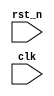
`timescale 1ns / 1ps
//////////////////////////////////////////////////////////////////////////////////
// Company: 
// 
// Design Name:    digital_signal_generation
// Module Name:    digital_signal_generation.v 
// Project Name:   FPGA Mixed Signal Oscilloscope
// Target Devices: 
// Tool versions: 
// Description: 	Digital domain signal generation.
//
//						A from scratch implementation of an MSO oscillosope
//						(and signal generator)
//
// Dependencies: 
//
// Revision: 
// Revision 0.01 - File Created
// Additional Comments: 
// License:        https://www.apache.org/licenses/LICENSE-2.0
//////////////////////////////////////////////////////////////////////////////////
module digital_signal_generation(
		input rst_n,
		input clk
    );


endmodule